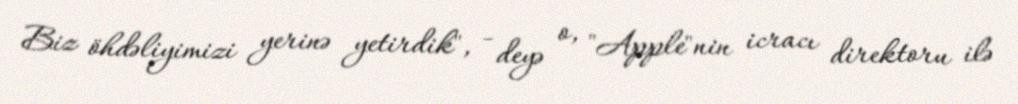
Biz öhdəliyimizi yerinə yetirdik", - deyə o, "Apple"nin icracı direktoru ilə